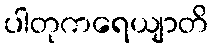
ပါတုကရေယျာတိ